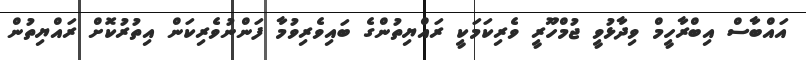
އައްބާސް އިބްރާހީމް ވިދާޅުވީ ޖުމްހޫރީ ވެރިކަމަކީ ރައްޔިތުންގެ ބައިވެރިވުމާ ފަންނުވެރިކަން އިތުރުކޮށް ރައްޔިތުން